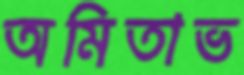
অমিতাভ